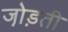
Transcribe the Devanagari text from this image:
जो़ड़ती